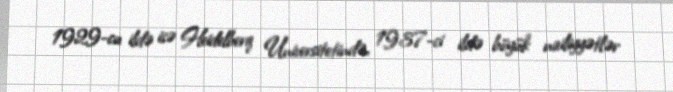
1929-cu ildə isə Heidelberq Universitetində, 1937-ci ildə böyük nailiyyətlər